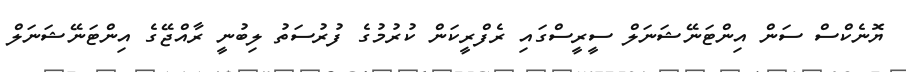
ޔޮނެކްސް ސަން އިންޓަނޭޝަނަލް ސީރީސްގައި ރެފްރީކަން ކުރުމުގެ ފުރުސަތު ލިބުނީ ރާއްޖޭގެ އިންޓަނޭޝަނަލް